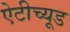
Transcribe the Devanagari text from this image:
ऐटीच्यूड